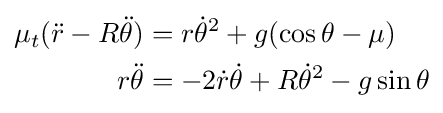
{\begin{aligned}\mu _{t}({\ddot {r}}-R{\ddot {\theta }})&=r{\dot {\theta }}^{2}+g(\cos {\theta }-\mu )\\r{\ddot {\theta }}&=-2{\dot {r}}{\dot {\theta }}+R{\dot {\theta }}^{2}-g\sin {\theta }\\\end{aligned}}